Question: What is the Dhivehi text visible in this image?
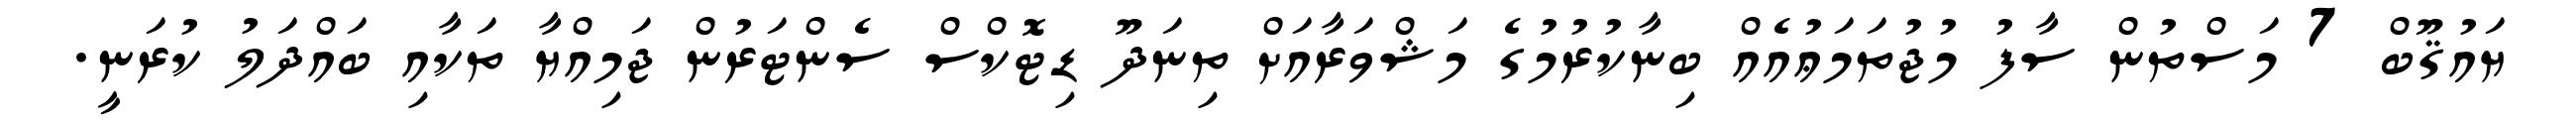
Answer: ޔައުޤޫބް 7 މަސްތުން ސާފު މުޖުތަމަޢުއެއް ބިނާކުރުމުގެ މަޝްވަރާއަށް ތިނަދޫ ޑިޓޮކްސް ސެންޓަރުން ޖަމިއްޔާ ތަކާއި ބައްދަލު ކުރަނީ.